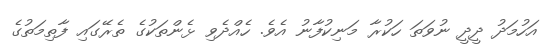
އަހުމަދު ދީދީ ނުވަތަ ހަކުރާ މަނިކުފާނު އެވެ. ހެއްދެވި ޅެންތަކުގެ ތެރޭގައި ފާތިމަތުގެ